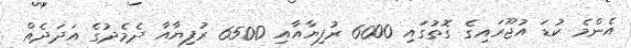
އެންމެ ކުޑަ އުޖޫރައިގެ ގޮތުގައި 6000 ރުފިޔާއާއި 6500 ރުފިޔާއާ ދެމެދުގެ އަދަދެއް